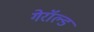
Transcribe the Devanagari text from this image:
गेरॉल्ड